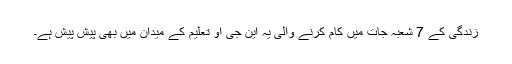
زندگی کے 7 شعبہ جات میں کام کرنے والی یہ این جی او تعلیم کے میدان میں بھی پیش پیش ہے۔